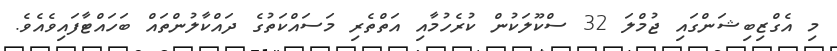
މި އެގްޒިބިޝަންގައި ޖުމްލަ 32 ސްކޫލަކުން ކުރެހުމާއި އަތްތެރި މަސައްކަތުގެ ދައްކާލުންތައް ބަހައްޓާފައިވެއެވެ.